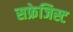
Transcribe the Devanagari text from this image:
सफ्रेजिस्ट